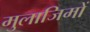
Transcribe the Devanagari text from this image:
मुलाजिमों